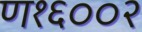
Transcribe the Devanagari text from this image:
ण१६००२